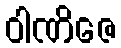
ဝါဏိဇေ